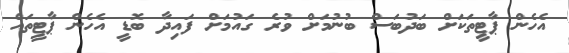
އެހެން ޕާޓީތަކަށް ބަދުބަސް ބުނުމަށް ވުރެ ގައުމަށް ފައިދާ ބޮޑީ އެހެން ޕާޓީތައް